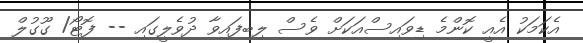
އެކަމަކު އެއީ ކޮންމެ ޑިވައިސްއަކަށް ވެސް ލިބިފައިވާ ދުވެލީގައި -- ފޮޓޯ/ ގޫގުލް